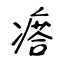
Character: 瘩